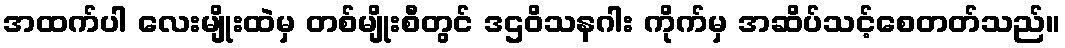
အထက်ပါ လေးမျိုးထဲမှ တစ်မျိုးစီတွင် ဒဌဝိသနဂါး ကိုက်မှ အဆိပ်သင့်စေတတ်သည်။